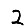
Digit: 2